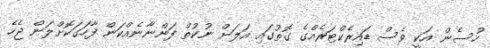
ހުސެން އަކީ ވެސް ޑައިރެކްޓަރެއްގެ ގޮތުގައި އަލަށް ނުކުތް ފަންނާނެއްކަން ފާހަގަކޮށްލަން ޖެހެ